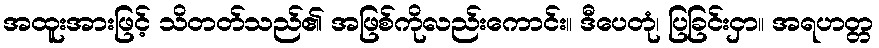
အထူးအားဖြင့် သိတတ်သည်၏ အဖြစ်ကိုလည်းကောင်း။ ဒီပေတုံ၊ ပြခြင်းငှာ။ အရဟတ္တ